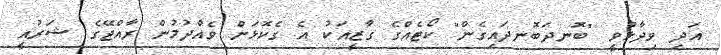
އަދި ވިދާޅުވީ "ބޮނދަބޮނދައިގެން" ކޯޓެއްގެ ގާޒީއަކު އެ ގެކޮޅަށް ވެއްދުމުން ރާއްޖޭގެ ޝަރުއީ